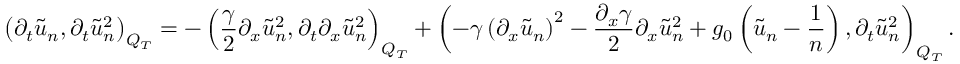
\left( \partial _ { t } \tilde { u } _ { n } , \partial _ { t } \tilde { u } _ { n } ^ { 2 } \right) _ { Q _ { T } } = - \left( \frac { \gamma } { 2 } \partial _ { x } \tilde { u } _ { n } ^ { 2 } , \partial _ { t } \partial _ { x } \tilde { u } _ { n } ^ { 2 } \right) _ { Q _ { T } } + \left( - \gamma \left( \partial _ { x } \tilde { u } _ { n } \right) ^ { 2 } - \frac { \partial _ { x } \gamma } { 2 } \partial _ { x } \tilde { u } _ { n } ^ { 2 } + g _ { 0 } \left( \tilde { u } _ { n } - \frac { 1 } { n } \right) , \partial _ { t } \tilde { u } _ { n } ^ { 2 } \right) _ { Q _ { T } } .